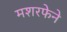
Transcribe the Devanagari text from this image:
मशरफेने